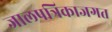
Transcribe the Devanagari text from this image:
जालपत्रिकाजगत